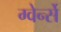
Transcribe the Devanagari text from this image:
ग्वेर्न्से